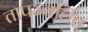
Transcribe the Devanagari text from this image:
तापज्वलित